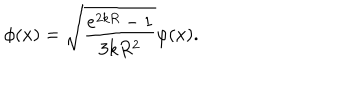
\phi ( x ) = \sqrt { \frac { e ^ { 2 k R } - 1 } { 3 k R ^ { 2 } } } \varphi ( x ) .